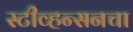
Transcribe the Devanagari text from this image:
स्टीव्हन्सनचा